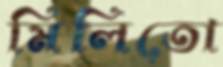
মিলিতো